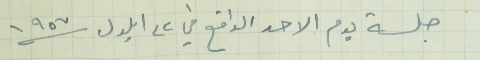
جلسة يوم الاحد الواقع في ٢٢ ايلول ١٩٥٧